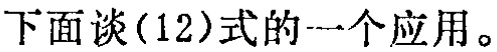
下面谈(12)式的一个应用。